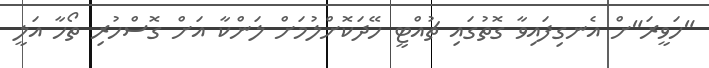
"ހަވީރަ"ށް އެނގިފައިވާ ގޮތުގައި ޗުއްޓީ ހޭދަކޮށްލުމަށް ލަންކާ އަށް ގޮސްހުރި ތޯހާ އަލީ